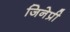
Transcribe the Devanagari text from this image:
जिनेप्री